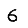
Digit: 6